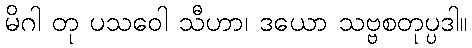
မိဂါ တု ပသဝေါ သီဟာ၊ ဒယော သဗ္ဗစတုပ္ပဒါ။